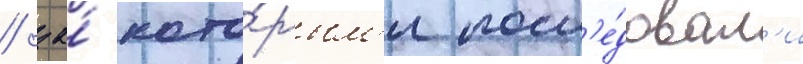
/ за́ кото́рым'и посл'е́довал'и